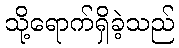
သို့ရောက်ရှိခဲ့သည်